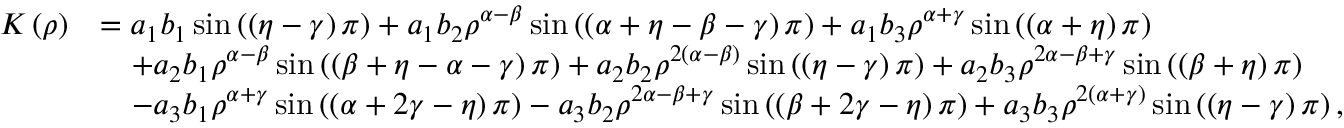
\begin{array} { r l } { K \left( \rho \right) } & { = a _ { 1 } b _ { 1 } \sin \left( \left( \eta - \gamma \right) \pi \right) + a _ { 1 } b _ { 2 } \rho ^ { \alpha - \beta } \sin \left( \left( \alpha + \eta - \beta - \gamma \right) \pi \right) + a _ { 1 } b _ { 3 } \rho ^ { \alpha + \gamma } \sin \left( \left( \alpha + \eta \right) \pi \right) } \\ & { \quad + a _ { 2 } b _ { 1 } \rho ^ { \alpha - \beta } \sin \left( \left( \beta + \eta - \alpha - \gamma \right) \pi \right) + a _ { 2 } b _ { 2 } \rho ^ { 2 \left( \alpha - \beta \right) } \sin \left( \left( \eta - \gamma \right) \pi \right) + a _ { 2 } b _ { 3 } \rho ^ { 2 \alpha - \beta + \gamma } \sin \left( \left( \beta + \eta \right) \pi \right) } \\ & { \quad - a _ { 3 } b _ { 1 } \rho ^ { \alpha + \gamma } \sin \left( \left( \alpha + 2 \gamma - \eta \right) \pi \right) - a _ { 3 } b _ { 2 } \rho ^ { 2 \alpha - \beta + \gamma } \sin \left( \left( \beta + 2 \gamma - \eta \right) \pi \right) + a _ { 3 } b _ { 3 } \rho ^ { 2 \left( \alpha + \gamma \right) } \sin \left( \left( \eta - \gamma \right) \pi \right) , } \end{array}